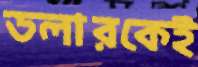
ডলারকেই